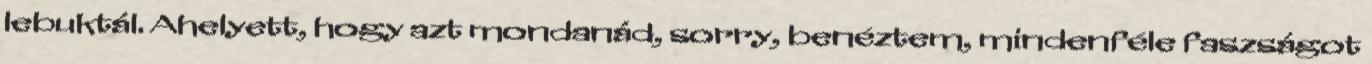
lebuktál. Ahelyett, hogy azt mondanád, sorry, benéztem, mindenféle faszságot